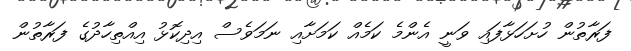
ފަރާތުން ހުށަހަޅާފައި ވަނީ އެންމެ ކަމެއް ކަމަށާއި ނަމަވެސް އިދިކޮޅު އިއްތިހާދުގެ ފަރާތުން